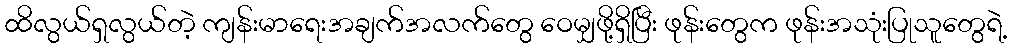
ထိလွယ်ရှလွယ်တဲ့ ကျန်းမာရေးအချက်အလက်တွေ ဝေမျှဖို့ရှိပြီး ဖုန်းတွေက ဖုန်းအသုံးပြုသူတွေရဲ့